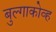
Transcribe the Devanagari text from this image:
बुल्गाकोव्ह